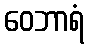
ဝေဘာရံ